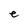
Character: e